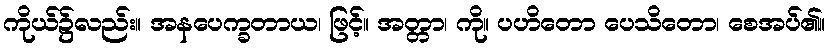
ကိုယ်၌လည်း။ အနပေက္ခတာယ၊ ဖြင့်။ အတ္တာ၊ ကို။ ပဟိတော ပေသိတော၊ စေအပ်၏။